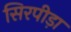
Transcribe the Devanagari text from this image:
सिरपीड़ा